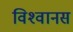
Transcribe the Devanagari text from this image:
विश्‍वानस